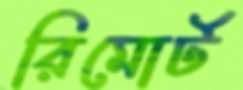
রিমোর্ট